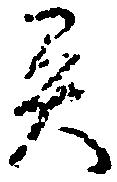
異